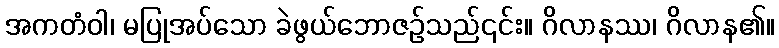
အကတံဝါ၊ မပြုအပ်သော ခဲဖွယ်ဘောဇဉ်သည်၎င်း။ ဂိလာနဿ၊ ဂိလာန၏။